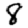
Digit: 8